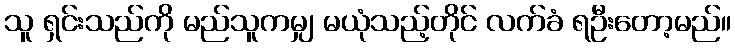
သူ ရှင်းသည်ကို မည်သူကမျှ မယုံသည့်တိုင် လက်ခံ ရဦးတော့မည်။